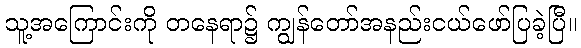
သူ့အကြောင်းကို တနေရာ၌ ကျွန်တော်အနည်းငယ်ဖော်ပြခဲ့ပြီ။